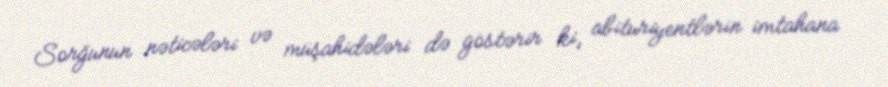
Sorğunun nəticələri və müşahidələri də göstərir ki, abituriyentlərin imtahana